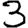
Digit: 3